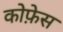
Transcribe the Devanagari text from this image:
कोफ़ेस